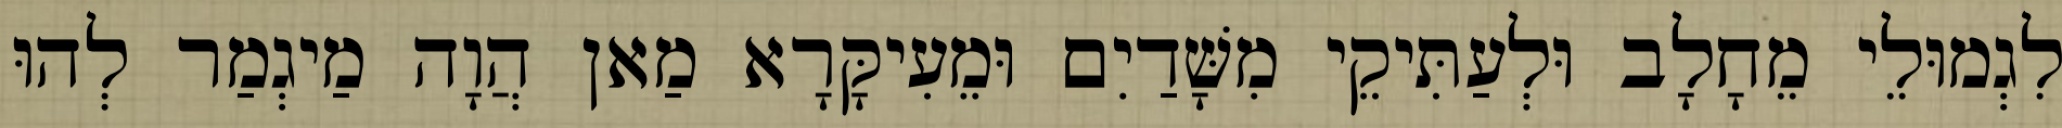
לִגְמוּלֵי מֵחָלָב וּלְעַתִּיקֵי מִשָּׁדַיִם וּמֵעִיקָּרָא מַאן הֲוָה מַיגְמַר לְהוּ